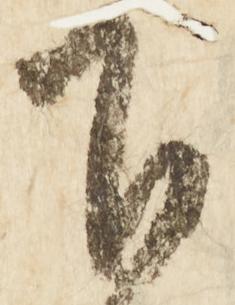
下